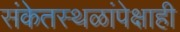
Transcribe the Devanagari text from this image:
संकेतस्थळांपेक्षाही